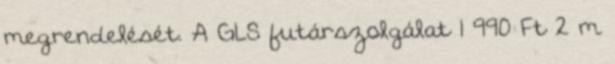
megrendelését. A GLS futárszolgálat 1 990 Ft 2 m